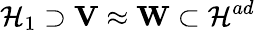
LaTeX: {\cal H}_{1}\supset{\mathbf V}\approx{\mathbf W}\subset{\cal H}^{ad}